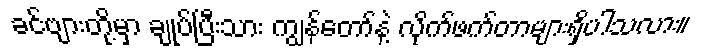
ခင်ဗျားတို့မှာ ချုပ်ပြီးသား ကျွန်တော်နဲ့ လိုက်ဖက်တာများရှိပါသလား။